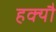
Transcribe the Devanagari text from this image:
हक्यौ